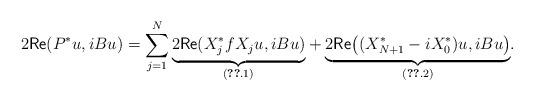
LaTeX: \begin{align*}2\mathsf{Re}(P^*u,iB u)=\sum_{j=1}^N\underset{(\ref{GP1}.1)}{\underbrace{2\mathsf{Re}(X_j^*f X_ju,iB u)}}+\underset{(\ref{GP1}.2)}{\underbrace{2\mathsf{Re}\big((X^*_{N+1}-iX^*_0)u,iB u\big)}}.\end{align*}